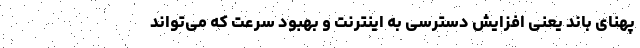
پهنای باند یعنی افزایش دسترسی به اینترنت و بهبود سرعت که می‌تواند